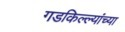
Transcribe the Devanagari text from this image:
गडकिल्ल्यांच्या